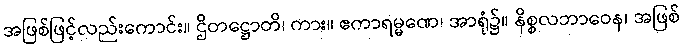
အဖြစ်ဖြင့်လည်းကောင်း။ ဌိတဋ္ဌောတိ၊ ကား။ ဧကာရမ္မဏေ၊ အာရုံ၌။ နိစ္စလဘာဝေန၊ အဖြစ်